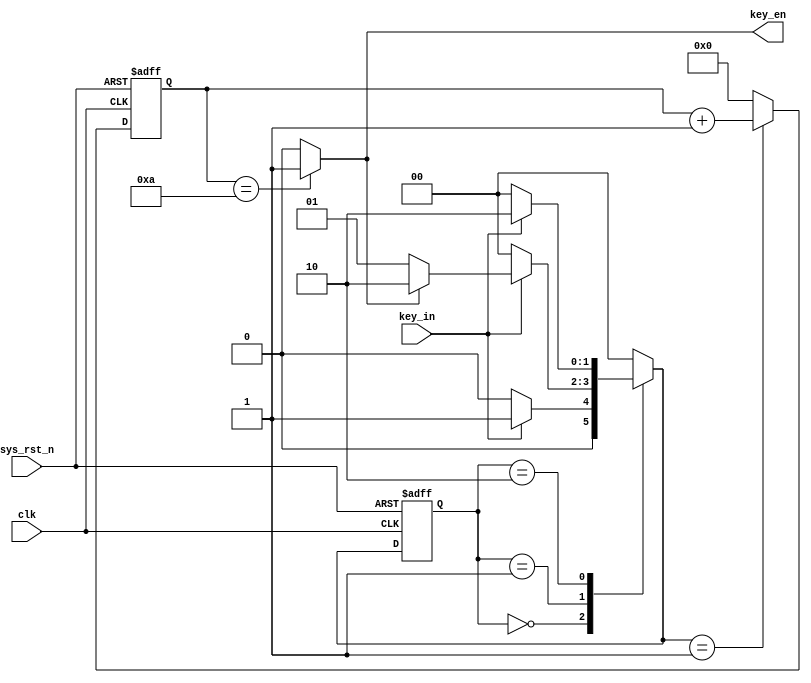
//
//key_test mode
//if a key has been press for 10ms,it thinks it is enable
module key_test(clk,sys_rst_n,key_in,key_en); //input before,output after

//define parameter
parameter IDLE = 0;
parameter KEY_1ST = 1;
parameter KEY_2ND = 2;

//declare input
input clk;
input sys_rst_n;
input key_in;

//declare output
output key_en;

//declare reg
reg [1:0] stcur_key; //3 state,IDLE,KEY_1ST,KEY_2ND
reg [1:0] stnext_key;
reg [3:0] ms10_cnt_key;

//declare wire
wire ms10_en_key;

//state shift
always @(posedge clk or negedge sys_rst_n)
begin
  if(!sys_rst_n)
    stcur_key <= IDLE;
  else
    stcur_key <= stnext_key;
end

//creat a new state
always @(stcur_key or key_in or ms10_en_key)
begin
  case(stcur_key)
    IDLE:
      if(key_in)
	stnext_key <= KEY_1ST;
      else
	stnext_key <= IDLE;
    KEY_1ST:
      if(!key_in)
	stnext_key <= IDLE;
      else
	begin
	  if(ms10_en_key)
	    stnext_key <= KEY_2ND;
	  else
	    stnext_key <= KEY_1ST;
	end
    KEY_2ND:
      if(!key_in)
	stnext_key <= IDLE;
      else
	stnext_key <= KEY_2ND;
    default:stnext_key <= IDLE;
  endcase
end

//ceat output
always @(posedge clk or negedge sys_rst_n)
begin
  if(!sys_rst_n)
    ms10_cnt_key <= 4'd0;
  else
    begin
      case(stnext_key)
	IDLE: ms10_cnt_key <= 4'd0;
	KEY_1ST: ms10_cnt_key <= ms10_cnt_key + 1;
	KEY_2ND: ms10_cnt_key <= 4'd0;
	default: ms10_cnt_key <= 4'd0;
      endcase
    end
end

assign ms10_en_key = (ms10_cnt_key == 4'd10)?1:0;
assign key_en = (ms10_cnt_key == 4'd10)?1:0;

endmodule